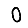
Digit: 0